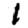
Digit: 1